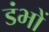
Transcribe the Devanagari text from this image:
डंभों